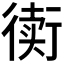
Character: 𲀟